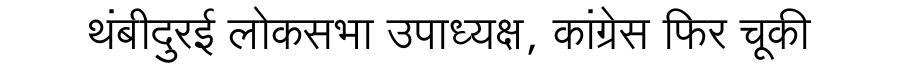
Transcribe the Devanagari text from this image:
थंबीदुरई लोकसभा उपाध्यक्ष, कांग्रेस फिर चूकी